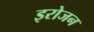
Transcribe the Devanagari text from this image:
इरोजन